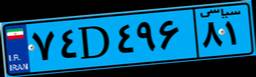
۸۳D۷۵۲۳۵